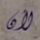
لأن